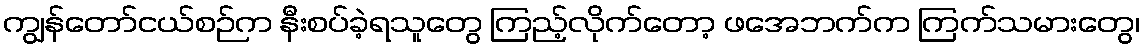
ကျွန်တော်ငယ်စဉ်က နီးစပ်ခဲ့ရသူတွေ ကြည့်လိုက်တော့ ဖအေဘက်က ကြက်သမားတွေ၊